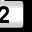
Digit: 2